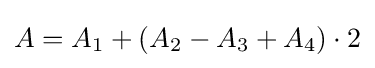
A=A_{1}+(A_{2}-A_{3}+A_{4})\cdot 2